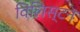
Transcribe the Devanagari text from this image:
विलिस्टन